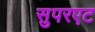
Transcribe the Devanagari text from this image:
सुपरएट